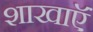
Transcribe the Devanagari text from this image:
शाखाऍं